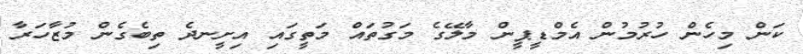
ކަން މިހެން ހުރުމުން އެމްޑީޕީން މާލޭގެ މަގުތައް މަތީގައި އިށީނދެ ތިބެގެން މުޒާހަރާ